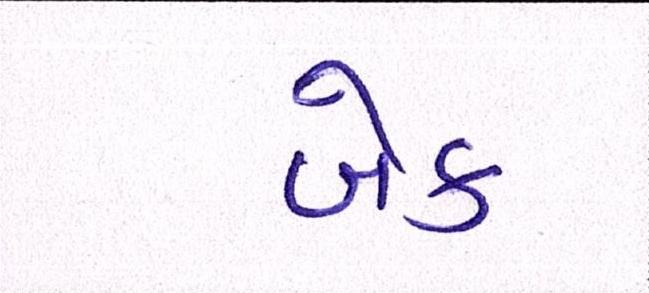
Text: બેક